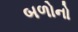
બળોનો